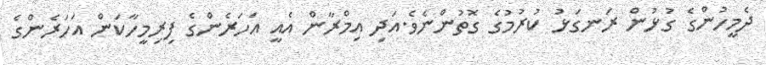
ދެމީހުންގެ ގުޅުން ރަނގަޅު ކުރުމުގެ ގޮތުންނެވެ.އަދި އިމްރާން އެއީ އަހަރެންގެ ފިރިމީހާކަން އަހަރެންގެ